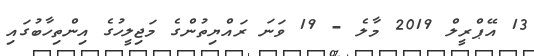
13 އޭޕްރީލް 2019 މާލެ - 19 ވަނަ ރައްޔިތުންގެ މަޖިލީހުގެ އިންތިހާބުގައި